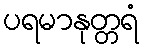
ပရမာနုတ္တရံ